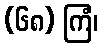
(၆၈) ကြံ၊